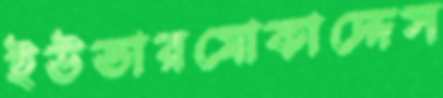
ইউভারমোকাদ্দেস